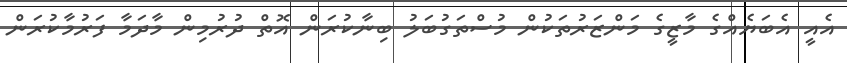
އެއީ އެބަޔެއްގެ މާޒީގެ މަންޒަރުތަކުން މުސްތަގުބަލު ބިނާކުރަން އޮތް ދުރުމިން މާދަމާ ފަރުމާކުރަން